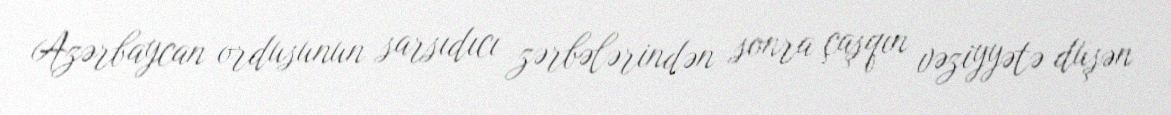
Azərbaycan ordusunun sarsıdıcı zərbələrindən sonra çaşqın vəziyyətə düşən